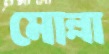
মোল্লা